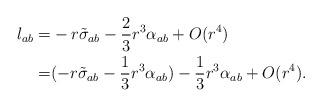
LaTeX: \begin{align*}l_{ab} =& -r \tilde \sigma_{ab} -\frac{2}{3}r^3\alpha_{ab}+ O(r^4)\\=& (-r \tilde \sigma_{ab} -\frac{1}{3}r^3\alpha_{ab}) - \frac{1}{3}r^3\alpha_{ab}+ O(r^4). \end{align*}